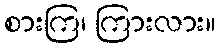
စားကြ၊ ကြားလား။